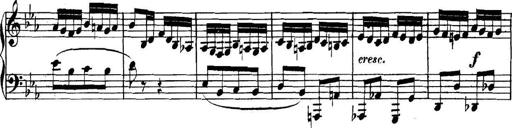
Title: Collected Piano Sonatas
Composer: Muzio Clementi